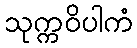
သုက္ကဝိပါကံ